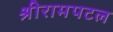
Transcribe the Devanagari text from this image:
श्रीरामपटल